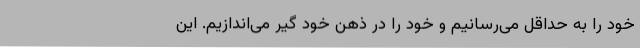
خود را به حداقل می‌رسانیم و خود را در ذهن خود گیر می‌اندازیم. این